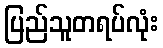
ပြည်သူတရပ်လုံး